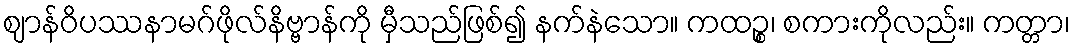
ဈာန်ဝိပဿနာမဂ်ဖိုလ်နိဗ္ဗာန်ကို မှီသည်ဖြစ်၍ နက်နဲသော။ ကထဉ္စ၊ စကားကိုလည်း။ ကတ္တာ၊